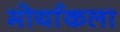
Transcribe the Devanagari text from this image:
मोर्याकला